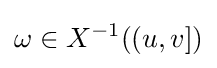
\omega \in X^{-1}((u,v])